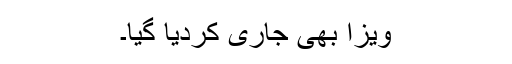
ویزا بھی جاری کردیا گیا۔